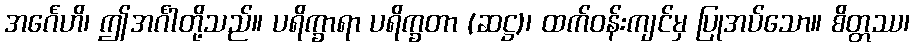
အင်္ဂေဟိ၊ ဤအင်္ဂါတို့သည်။ ပရိက္ခာရာ ပရိက္ခတာ (ဆဋ္ဌ)၊ ထက်ဝန်းကျင်မှ ပြုအပ်သော။ စိတ္တဿ၊